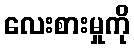
လေးစားမှုကို